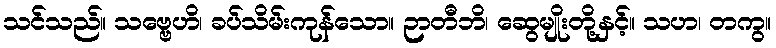
သင်သည်။ သဗ္ဗေဟိ၊ ခပ်သိမ်းကုန်သော။ ဉာတီဘိ၊ ဆွေမျိုးတို့နှင့်။ သဟ၊ တကွ။